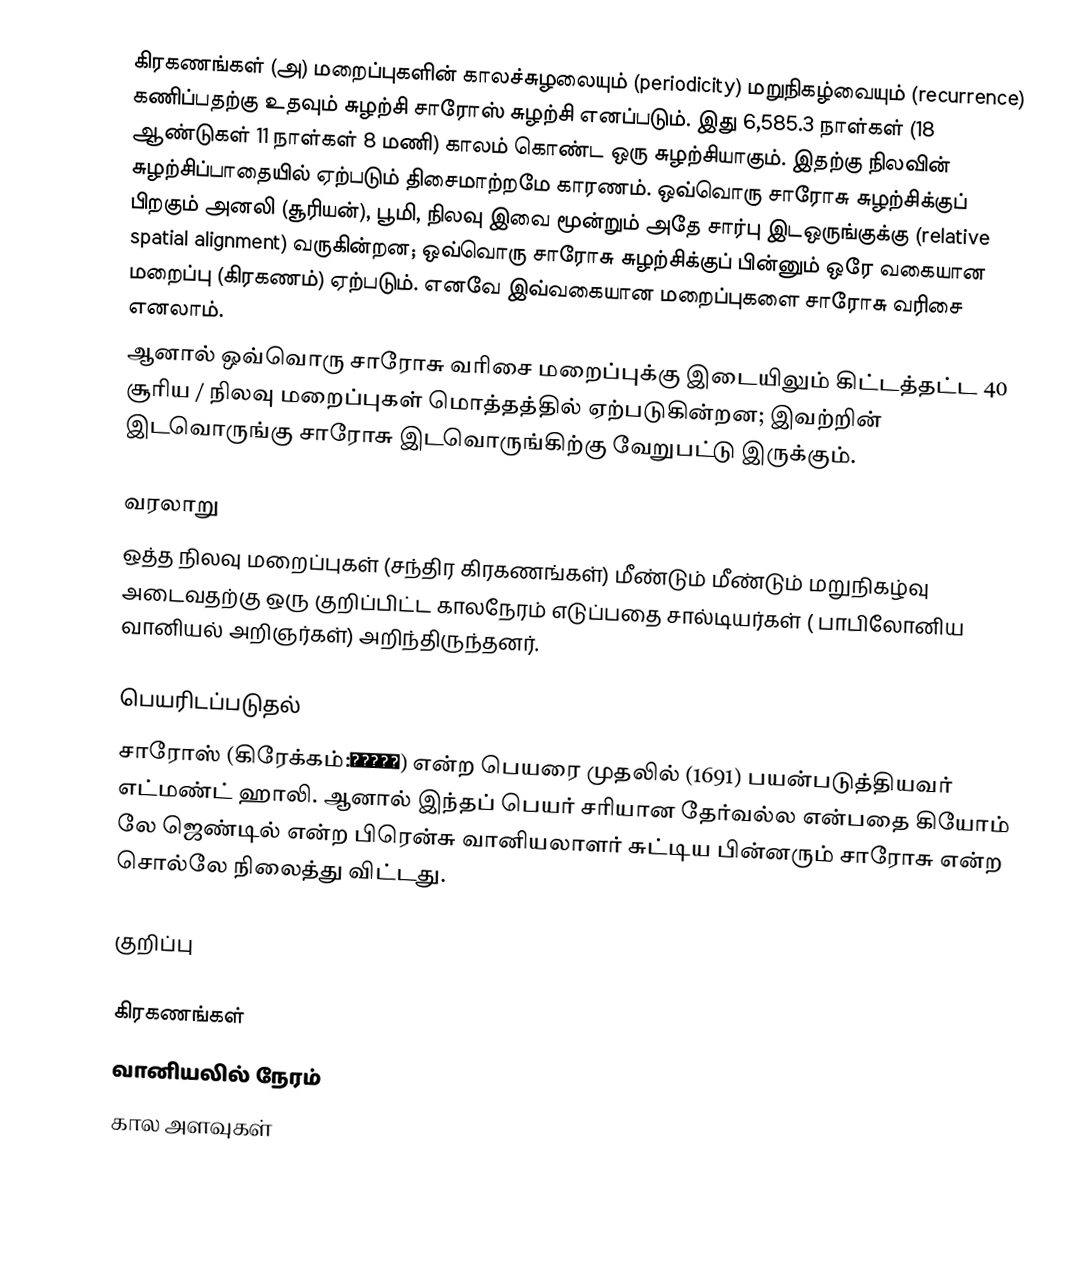
கிரகணங்கள் (அ) மறைப்புகளின் காலச்சுழலையும் (periodicity) மறுநிகழ்வையும் (recurrence) கணிப்பதற்கு உதவும் சுழற்சி சாரோஸ் சுழற்சி எனப்படும். இது 6,585.3 நாள்கள் (18 ஆண்டுகள் 11 நாள்கள் 8 மணி) காலம் கொண்ட ஒரு சுழற்சியாகும். இதற்கு நிலவின் சுழற்சிப்பாதையில் ஏற்படும் திசைமாற்றமே காரணம். ஒவ்வொரு சாரோசு சுழற்சிக்குப் பிறகும் அனலி (சூரியன்), பூமி, நிலவு இவை மூன்றும் அதே சார்பு இடஒருங்குக்கு (relative spatial alignment) வருகின்றன; ஒவ்வொரு சாரோசு சுழற்சிக்குப் பின்னும் ஒரே வகையான மறைப்பு (கிரகணம்) ஏற்படும். எனவே இவ்வகையான மறைப்புகளை சாரோசு வரிசை எனலாம்.
ஆனால் ஒவ்வொரு சாரோசு வரிசை மறைப்புக்கு இடையிலும் கிட்டத்தட்ட 40 சூரிய / நிலவு மறைப்புகள் மொத்தத்தில் ஏற்படுகின்றன; இவற்றின் இடவொருங்கு சாரோசு இடவொருங்கிற்கு வேறுபட்டு இருக்கும்.

வரலாறு
ஒத்த நிலவு மறைப்புகள் (சந்திர கிரகணங்கள்) மீண்டும் மீண்டும் மறுநிகழ்வு அடைவதற்கு ஒரு குறிப்பிட்ட காலநேரம் எடுப்பதை சால்டியர்கள் ( பாபிலோனிய வானியல் அறிஞர்கள்) அறிந்திருந்தனர்.

பெயரிடப்படுதல்
சாரோஸ் (கிரேக்கம்:σάρος) என்ற பெயரை முதலில் (1691) பயன்படுத்தியவர் எட்மண்ட் ஹாலி. ஆனால் இந்தப் பெயர் சரியான தேர்வல்ல என்பதை கியோம் லே ஜெண்டில் என்ற பிரென்சு வானியலாளர் சுட்டிய பின்னரும் சாரோசு என்ற சொல்லே நிலைத்து விட்டது.

குறிப்பு

கிரகணங்கள்
வானியலில் நேரம்
கால அளவுகள்